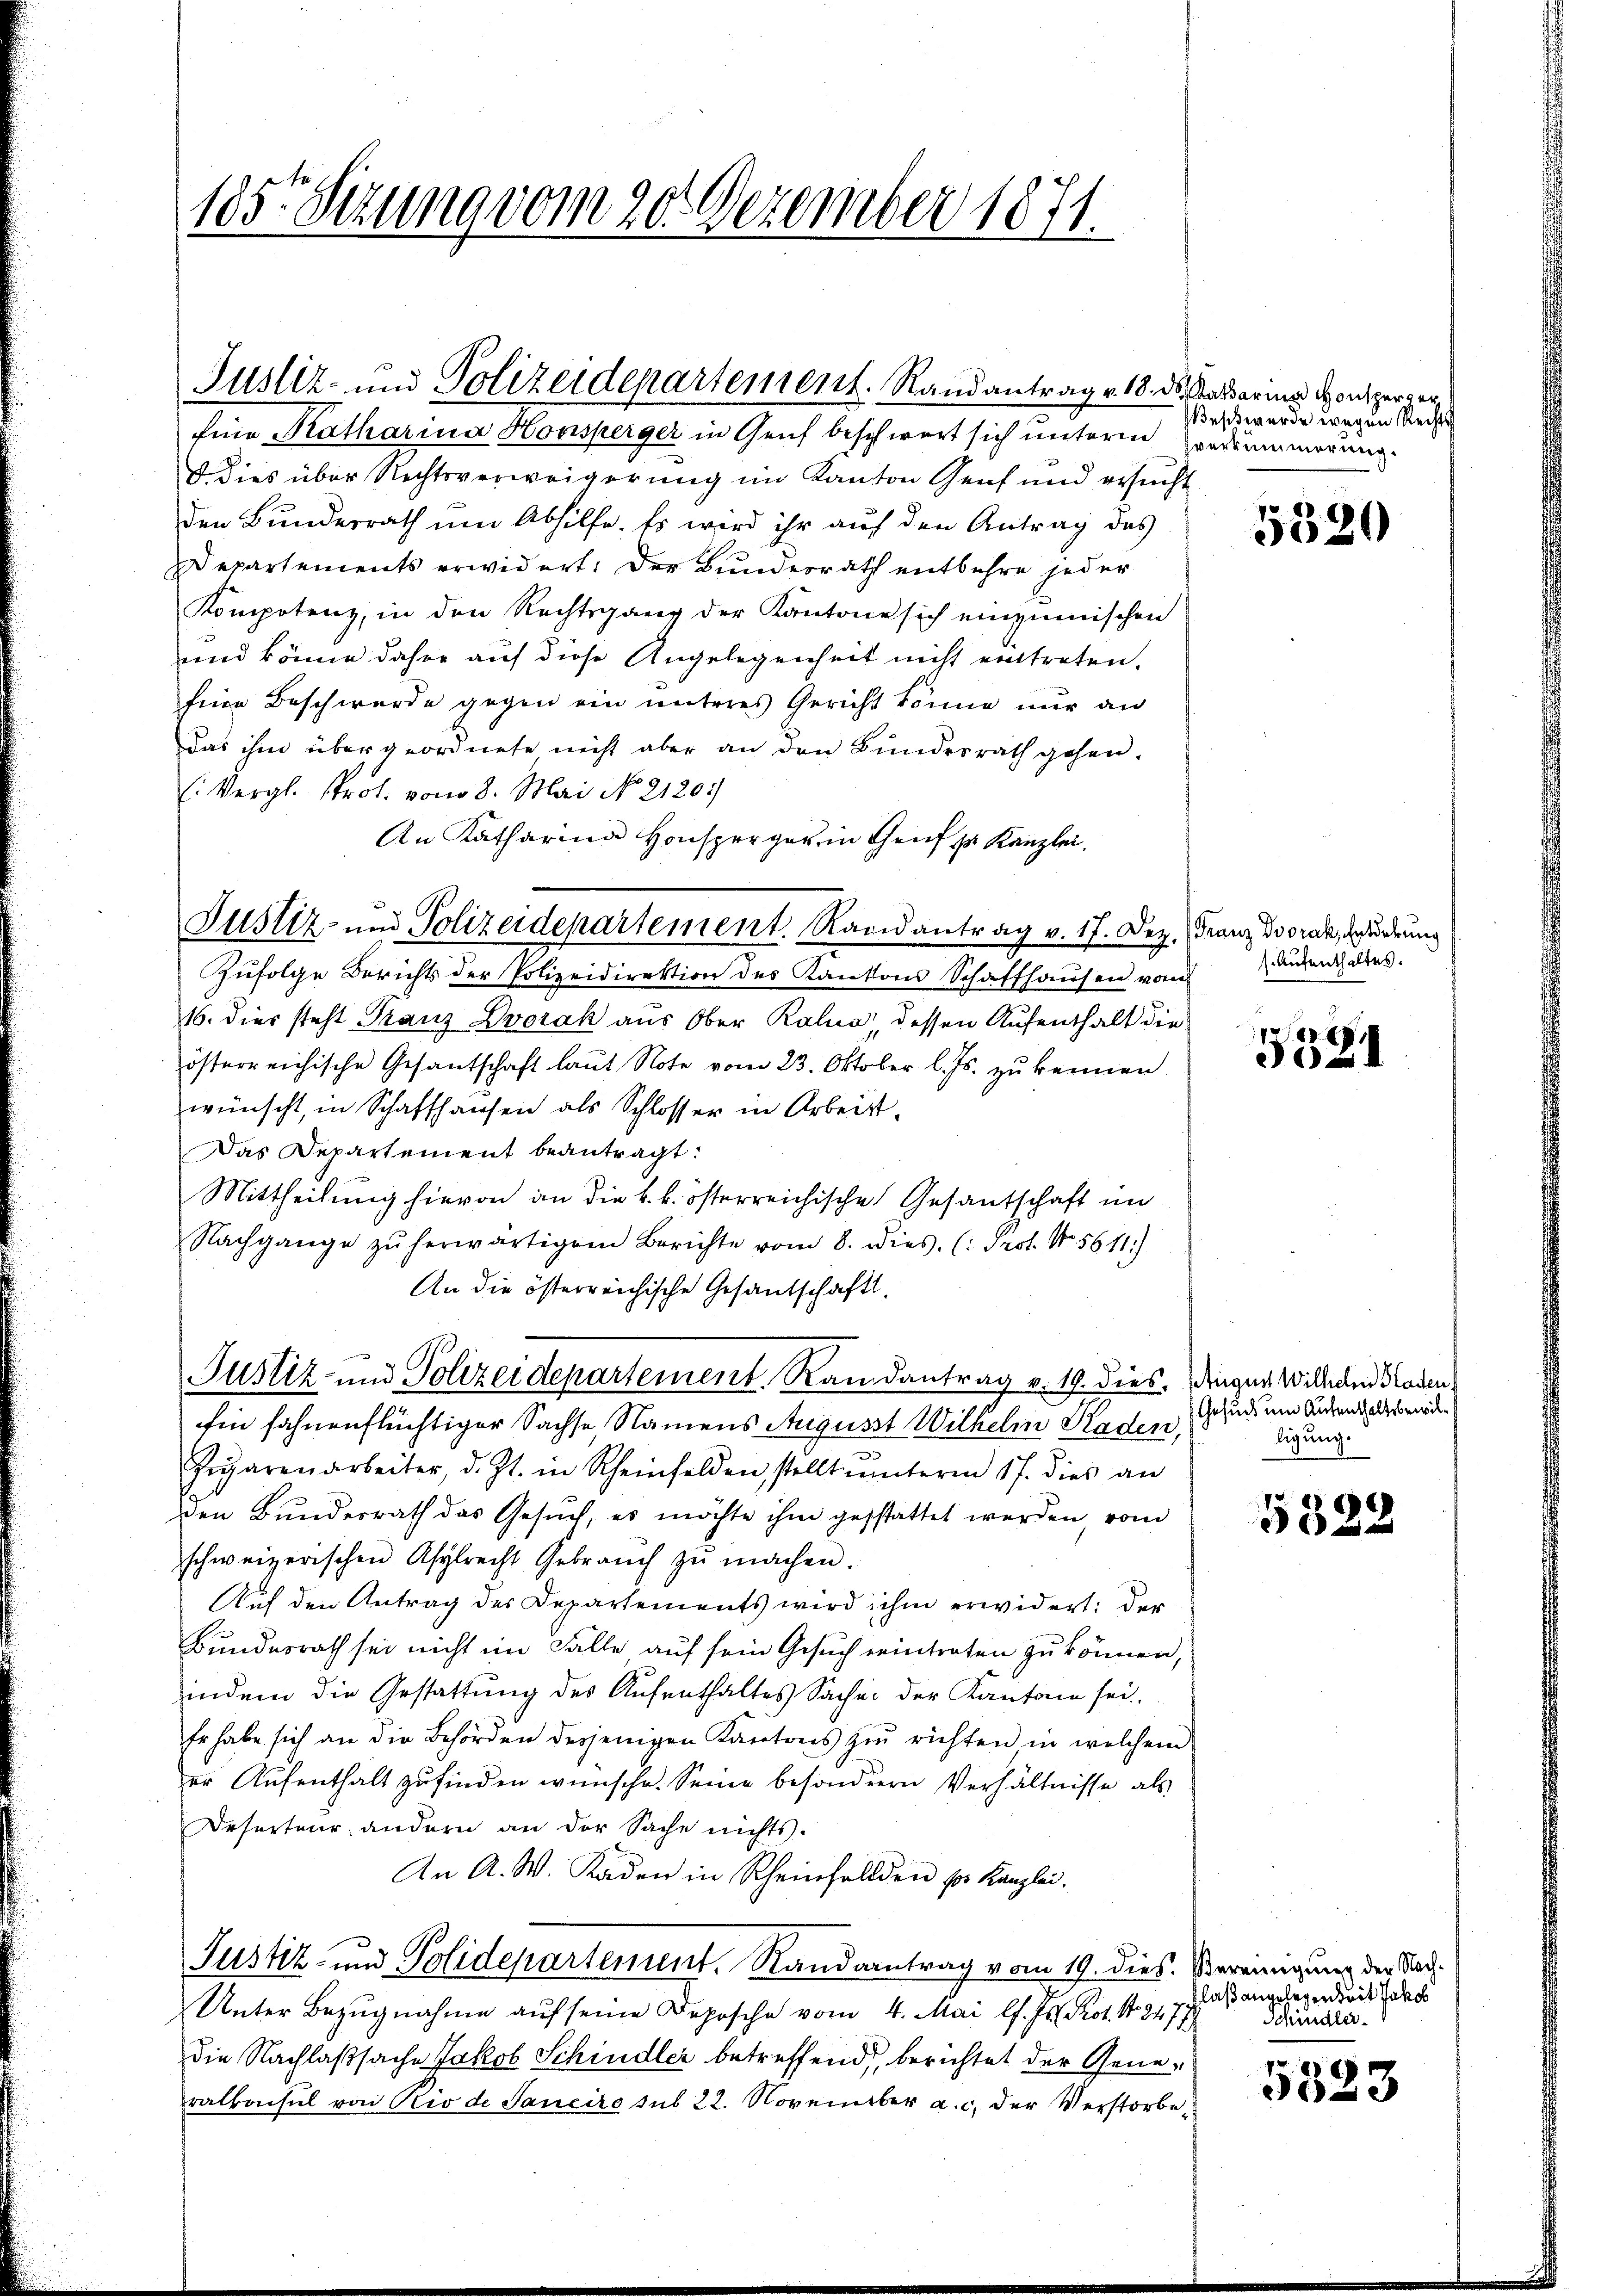
185 Sizung vom 20. Dezember 1871.

Justiz- und Polizeidepartement. Randantrag v. 18. ds. Kataria Monsperg er¬
Eine Katharina Honsperger in Genf beschwert sich unterm Gradermierung.

Justiz- und Polizeidepartement. Randantrag v. 17. Dez. (Franz Borak, Garderung

dies über Rechtsverweigerung im Kanton Genf und ersucht
den Bundesrath um Abhilfe. Es wird ihr auf den Antrag des
Departements erwidert. Der Bundesrath entbehre jeder
Kompotenz, in den Rechtsgang der Kantone sich einzumischen
und könne daher auf diese Angelegenheit nicht eintreten.
Eine Beschwerde gegen ein unteres Gericht könne nur an
Das ihm übergeordnete nicht aber an den Bundesrath gehen.
E: Vergl. Prot. vom 8. Mai No. 2120)
An Katharina Honsperger in Genf u. Kanzlei.
Zufolge Berichts der Polizeidirektion des Kantons Schaffhausen vom
16. dies steht Franz Dvořák aus Ober Ralua dessen Aufenthalt die
österreichische Gesantschaft laut Note vom 23. Oktober l. Js. zu kennen.
wünscht, in Schaffhausen als Schlosser in Arbeit
Das Departement beantragt:
Mittheilung hievon an die k. k. österreichische Gesantschaft im
Nachgange zŭ herwärtigem Berichte vom 8. dies. (: Prot. Nr. 5611)
An die österreichische Gesandschaftl
Justiz- und Polizeidepartement. Randantrag v. 19. dies. Dingen Willerlei Graden
fin fahnenflüchtiger Sachse, Namens August Wilhelm Raden,
Zigarenarbeiter, d. Js. in Rheinfelden, stellt unterm 17. dies an
den Bunderrath das Gesuch, es möchte ihm gestattet werden, vom
schweizerischen Asylrecht Gebrauch zŭ machen.
Auf den Antrag des Departements wird ihm erwidert: der
Bundesrath sei nicht im Fälle auf sein Gesuch eintraten zu können,
indem die Gestattung des Aufenthaltes Sachen der Kantone sei.
Er habe sich an die Behörden desjenigen Kantons zu richten in welchem
er Aufenthalt zufinden wünsche. Seine besonderen Verhältnisse als
Deserteur andern an der Sache nichts.
An A. W. Kaden in Rheinfallen pr. Kanzlei.
Justiz- und Polidepartement. Randantrag vom 19. dies
Unter Bezugnahme auf seine Deposche vom 4. Mai l. Js. Prot. N. 3477
die Nachlaßsache Jakob Schindler betreffend, berichtet der Generalbachel von Rio de Janeiro sub 22. November a. c. der Verstorbe¬

Weß wurde wegen Rechts

5390

Aufenthaltes.

88
3021

Gesuch und Aufenthaltsbewilligung.

)

Vereinigung der Nach¬
Flaßangelegenheit Jakob
Schindle

8
e